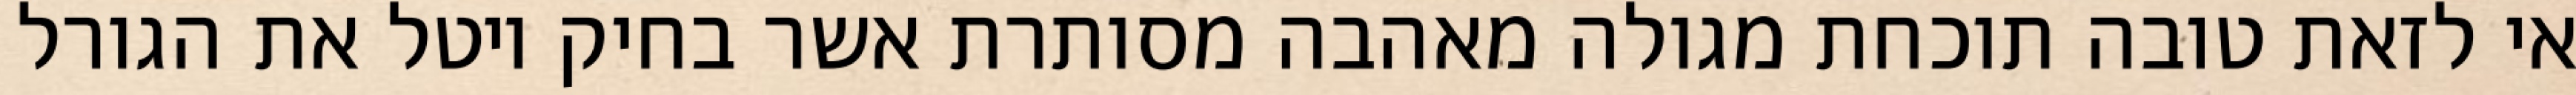
אי לזאת טובה תוכחת מגולה מאהבה מסותרת אשר בחיק יוטל את הגורל